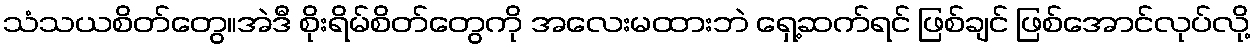
သံသယစိတ်တွေ။အဲဒီ စိုးရိမ်စိတ်တွေကို အလေးမထားဘဲ ရှေ့ဆက်ရင် ဖြစ်ချင် ဖြစ်အောင်လုပ်လို့